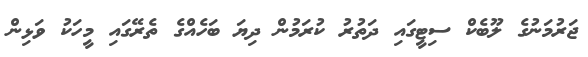
ޖަރުމަނުގެ ލޫބެކް ސިޓީގައި ދަތުރު ކުރަމުން ދިޔަ ބަހެއްގެ ތެރޭގައި މީހަކު ވަޅިން